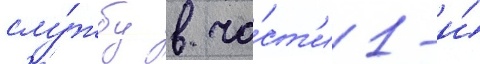
слу́жбу в ча́ст'и 1-и́